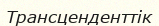
Трансценденттік